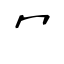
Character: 冖